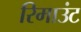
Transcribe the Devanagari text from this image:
रिमाउंट